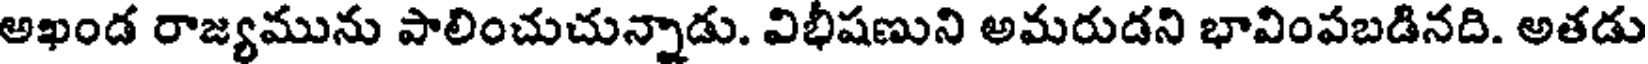
అఖండ రాజ్యమును పాలించుచున్నాడు. విభీషణుని అమరుడని భావింపబడినది. అతడు